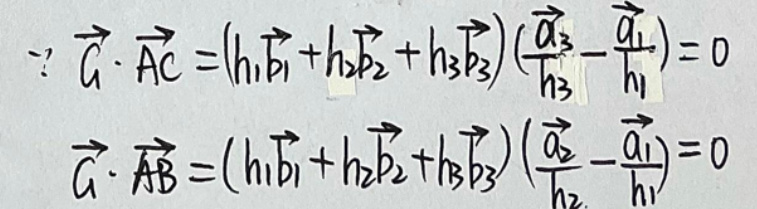
\(\because \overrightarrow{G} \cdot \overrightarrow{AC}=(h_1\overrightarrow{b_1}+h_2\overrightarrow{b_2}+h_3\overrightarrow{b_3})\left(\frac{\overrightarrow{a_3}}{h_3}-\frac{\overrightarrow{a_1}}{h_1}\right)=0\)

\(\overrightarrow{G} \cdot \overrightarrow{AB}=(h_1\overrightarrow{b_1}+h_2\overrightarrow{b_2}+h_3\overrightarrow{b_3})\left(\frac{\overrightarrow{a_2}}{h_2}-\frac{\overrightarrow{a_1}}{h_1}\right)=0\)